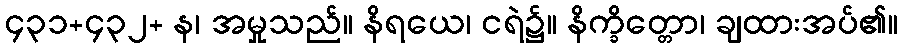
၄၃၁+၄၃၂+ န၊ အမှုသည်။ နိရယေ၊ ငရဲ၌။ နိက္ခိတ္တော၊ ချထားအပ်၏။